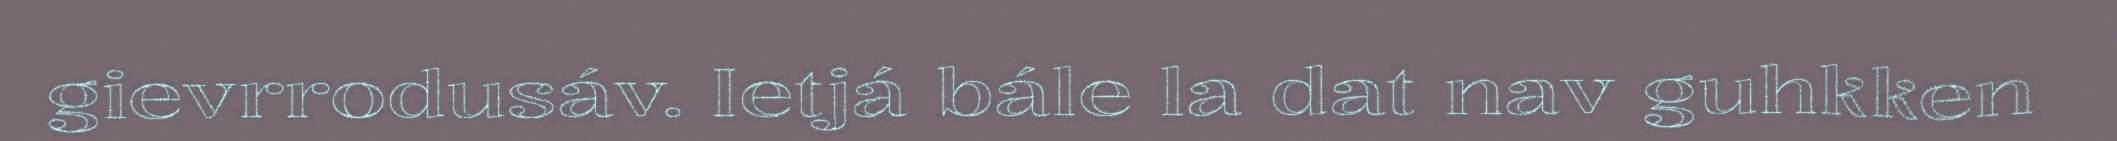
gievrrodusáv. Ietjá bále la dat nav guhkken